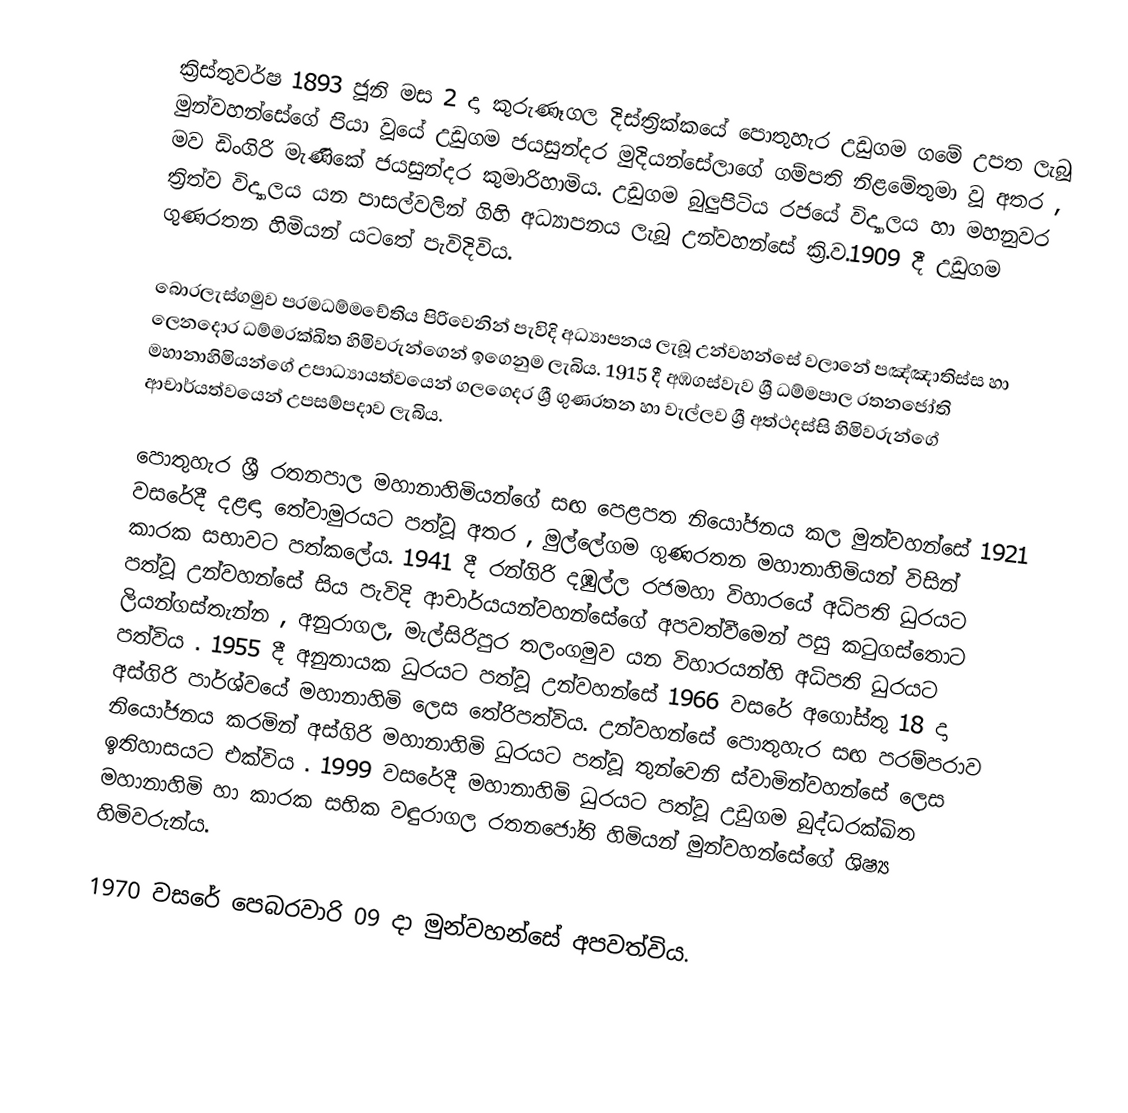
ක්‍රිස්තුවර්ෂ  1893 ජූනි මස 2 දා  කුරුණෑගල   දිස්ත්‍රික්කයේ පොතුහැර උඩුගම ගමේ උපත ලැබූ මුන්වහන්සේගේ පියා වූයේ උඩුගම ජයසුන්දර මුදියන්සේලාගේ ගම්පති නිළමේතුමා වූ අතර , මව ඩිංගිරි මැණිකේ ජයසුන්දර කුමාරිහාමිය. උඩුගම බුලුපිටිය රජයේ විද්‍යාලය හා මහනුවර ත්‍රිත්ව විද්‍යාලය යන පාසල්වලින්  ගිහි අධ්‍යාපනය  ලැබූ උන්වහන්සේ ක්‍රි.ව.1909 දී උඩුගම ගුණරතන හිමියන් යටතේ පැවිදිවිය.

බොරලැස්ගමුව පරමධම්මචේතිය පිරිවෙනින්  පැවිදි    අධ්‍යාපනය ලැබූ උන්වහන්සේ වලානේ පඤ්ඤාතිස්ස හා ලෙනදොර ධම්මරක්ඛිත හිමිවරුන්ගෙන් ඉගෙනුම ලැබිය. 1915 දී අඹගස්වැව ශ්‍රී ධම්මපාල රතනජෝති මහානාහිමියන්ගේ උපාධ්‍යායත්වයෙන් ගලගෙදර ශ්‍රී ගුණරතන හා වැල්ලව ශ්‍රී අත්ථදස්සි හිමිවරුන්ගේ ආචාර්යත්වයෙන් උපසම්පදාව ලැබිය.

පොතුහැර ශ්‍රී ‍රතනපාල මහානාහිමියන්ගේ සඟ පෙළපත නියෝජනය කල මුන්වහන්සේ 1921 වසරේදී දළඳා තේවාමුරයට පත්වූ අතර , මුල්ලේගම ගුණරතන මහානාහිමියන් විසින් කාරක සභාවට පත්කලේය. 1941 දී රන්ගිරි දඹුල්ල රජමහා විහාරයේ අධිපති ධුරයට පත්වූ උන්වහන්සේ සිය පැවිදි ආචාර්යයන්වහන්සේගේ අපවත්වීමෙන් පසු කටුගස්තොට ලියන්ගස්තැන්න , අනුරාගල, මැල්සිරිපුර තලංගමුව යන විහාරයන්හි අධිපති ධුරයට පත්විය . 1955 දී අනුනායක ධුරයට පත්වූ උන්වහන්සේ 1966 වසරේ අගෝස්තු 18 දා අස්ගිරි පාර්ශ්වයේ මහානාහිමි ලෙස තේරිපත්විය. උන්වහන්සේ පොතුහැර සඟ පරම්පරාව නියෝජනය කරමින් අස්ගිරි මහානාහිමි ධුරයට පත්වූ තුන්වෙනි ස්වාමින්වහන්සේ ලෙස ඉතිහාසයට එක්විය . 1999 වසරේදී මහානාහිමි ධුරයට පත්වූ උඩුගම බුද්ධරක්ඛිත මහානාහිමි හා කාරක සභික වඳුරාගල රතනජෝති හිමියන් මුන්වහන්සේගේ ශිෂ්‍ය හිමිවරුන්ය.

1970 වසරේ පෙබරවාරි 09 දා මුන්වහන්සේ අපවත්විය.